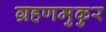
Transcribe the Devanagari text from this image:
ग्रहणमुकुर